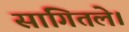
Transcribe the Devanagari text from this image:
सांगितले।